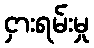
ငှားရမ်းမှု